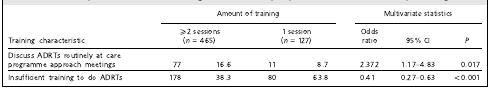
<table><thead><tr><td></td><td colspan="4"><b>Amount of training</b></td><td colspan="3"><b>Multivariate statistics</b></td></tr><tr><td><b>Training characteristic</b></td><td colspan="2"><b>⩾ 2 sessions(<i>n</i> = 465)</b></td><td colspan="2"><b>1 session(<i>n</i> = 127)</b></td><td><b>Oddsratio</b></td><td><b>95% CI</b></td><td><b><i>P</i></b></td></tr></thead><tbody><tr><td>Discuss ADRTs routinely at careprogramme approach meetings</td><td>77</td><td>16.6</td><td>11</td><td>8.7</td><td>2.372</td><td>1.17–4.83</td><td>0.017</td></tr><tr><td>Insufficient training to do ADRTs</td><td>178</td><td>38.3</td><td>80</td><td>63.8</td><td>0.41</td><td>0.27–0.63</td><td>&lt;0.001</td></tr></tbody></table>